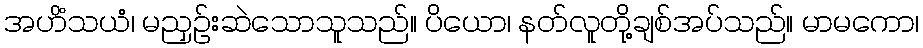
အဟိံသယံ၊ မညှဉ်းဆဲသောသူသည်။ ပိယော၊ နတ်လူတို့ချစ်အပ်သည်။ မာမကော၊